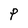
Character: O